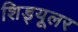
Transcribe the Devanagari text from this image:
शिड्यूलर